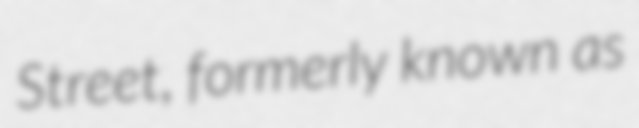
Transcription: Street, formerly known as